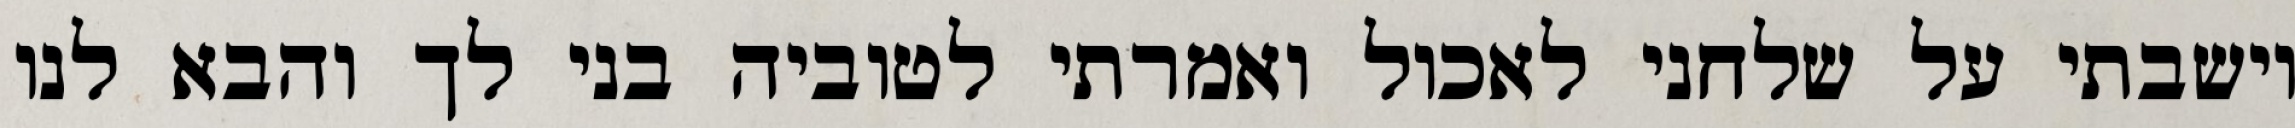
וישבתי על שלחני לאכול ואמרתי לטוביה בני לך והבא לנו